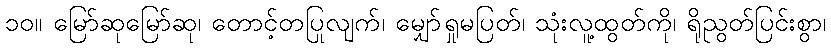
၁၀။ မြော်ဆုမြော်ဆု၊ တောင့်တပြုလျက်၊ မျှော်ရှုမပြတ်၊ သုံးလူ့ထွတ်ကို၊ ရိုညွတ်ပြင်းစွာ၊